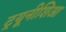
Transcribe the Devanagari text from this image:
ट्रयूनीशिआ